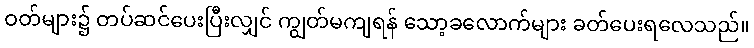
ဝတ်များ၌ တပ်ဆင်ပေးပြီးလျှင် ကျွတ်မကျရန် သော့ခလောက်များ ခတ်ပေးရလေသည်။